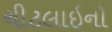
ચીટલાઇનો